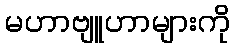
မဟာဗျူဟာများကို